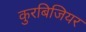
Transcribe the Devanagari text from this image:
कुरबिजियर